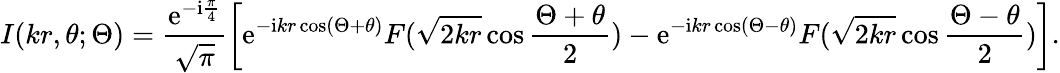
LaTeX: I(kr,\theta;\Theta)=\frac{\mathrm{e}^{-\mathrm{i}\frac{\pi}{4}}}{\sqrt{\pi}}\left[\mathrm{e}^{-\mathrm{i}kr\cos(\Theta+\theta)}F(\sqrt{2kr}\cos\frac{\Theta+\theta}{2})-\mathrm{e}^{-\mathrm{i}kr\cos(\Theta-\theta)}F(\sqrt{2kr}\cos\frac{\Theta-\theta}{2})\right].